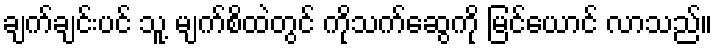
ချက်ချင်းပင် သူ့ မျက်စိထဲတွင် ကိုသက်ဆွေကို မြင်ယောင် လာသည်။